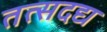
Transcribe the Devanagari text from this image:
तत्सदद्य